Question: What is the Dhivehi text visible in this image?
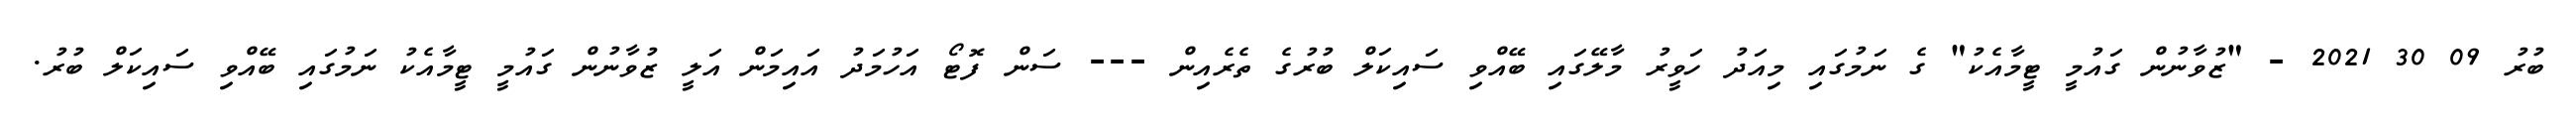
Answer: ބުރު 09 30 2021 - "ޒުވާނުން ގައުމީ ޓީމާއެކު" ގެ ނަމުގައި މިއަދު ހަވީރު މާލޭގައި ބޭއްވި ސައިކަލް ބުރުގެ ތެރެއިން --- ސަން ފޮޓޯ އަހުމަދު އައިމަން އަލީ ޒުވާނުން ގައުމީ ޓީމާއެކު ނަމުގައި ބޭއްވި ސައިކަލް ބުރު.